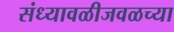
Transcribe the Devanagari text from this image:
संध्यावळीजवळच्या